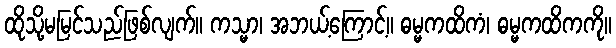
ထိုသို့မမြင်သည်ဖြစ်လျက်။ ကသ္မာ၊ အဘယ့်ကြောင့်။ ဓမ္မကထိကံ၊ ဓမ္မကထိကကို။